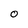
Character: 0